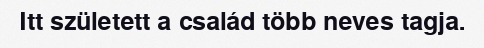
Itt született a család több neves tagja.